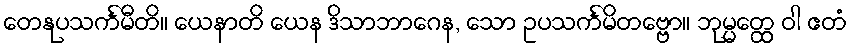
တေနုပသင်္ကမီတိ။ ယေနာတိ ယေန ဒိသာဘာဂေန, သော ဥပသင်္ကမိတဗ္ဗော။ ဘုမ္မတ္ထေ ဝါ ဧတံ